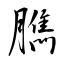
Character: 臇